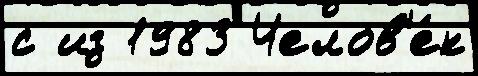
с из 1983 Челов'е́к